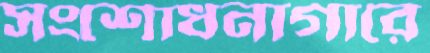
সংশোধনাগারে